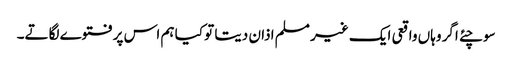
سوچئے اگر وہاں واقعی ایک غیر مسلم اذان دیتا تو کیا ہم اس پرفتوے لگاتے۔